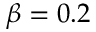
\beta = 0 . 2